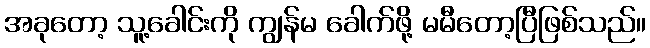
အခုတော့ သူ့ခေါင်းကို ကျွန်မ ခေါက်ဖို့ မမီတော့ပြီဖြစ်သည်။